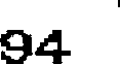
94